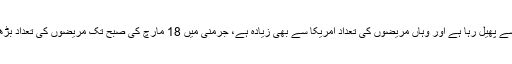
اٹلی اور اسپین کی طرح حیران کن طور پر جرمنی میں بھی کورونا وائرس تیزی سے پھیل رہا ہے اور وہاں مریضوں کی تعداد امریکا سے بھی زیادہ ہے، جرمنی میں 18 مارچ کی صبح تک مریضوں کی تعداد بڑھ کر 9 ہزار 360 تک جا پہنچی تھی، جن میں سے 26 افراد ہلاک ہو چکے تھے۔